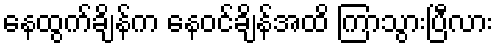
နေထွက်ချိန်က နေဝင်ချိန်အထိ ကြာသွားပြီလား